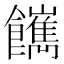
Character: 𩟥